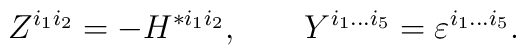
Z^{i_1i_2}=-H^{*i_1i_2}, \qquad Y^{i_1...i_5}=\varepsilon^{i_1...i_5}.